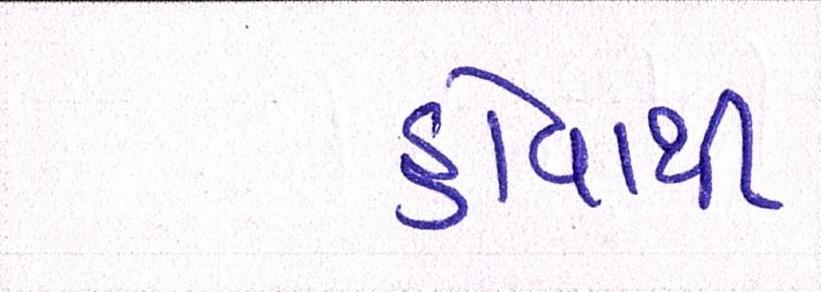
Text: હોવાથી